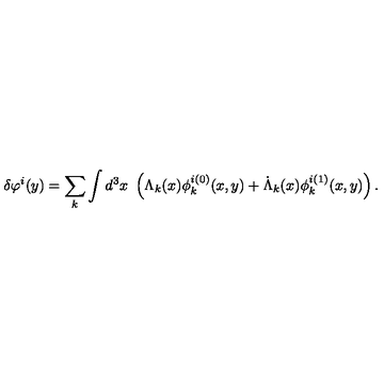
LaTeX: \delta \varphi ^ { i } ( y ) = \sum _ { k } \int d ^ { 3 } x \ \left( \Lambda _ { k } ( x ) \phi _ { k } ^ { i ( 0 ) } ( x , y ) + \dot { \Lambda } _ { k } ( x ) \phi _ { k } ^ { i ( 1 ) } ( x , y ) \right) .